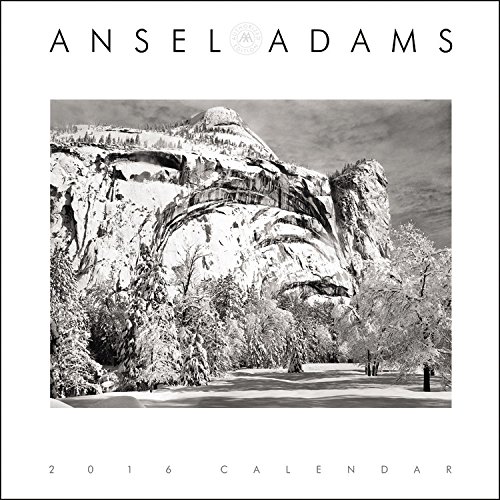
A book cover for Ansel Adams 2016 Engagement Calendar; Calendars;